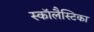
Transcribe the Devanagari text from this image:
स्कॉलैस्टिका